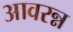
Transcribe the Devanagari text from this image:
आवरन्न